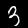
Digit: 3